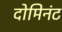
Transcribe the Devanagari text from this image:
दोमिनंट